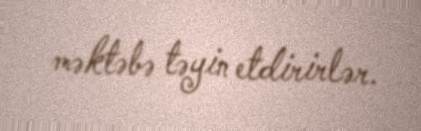
məktəbə təyin etdirirlər.